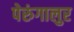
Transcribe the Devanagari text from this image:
पेरुंगालुर